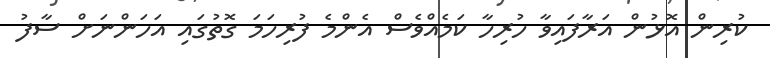
ކުރިން އޮޅުން އަރާފައިވާ ހުރިހާ ކަމެއްވެސް އެންމެ ފުރިހަމަ ގޮތުގައި އަހަންނަށް ސާފު